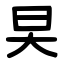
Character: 旲